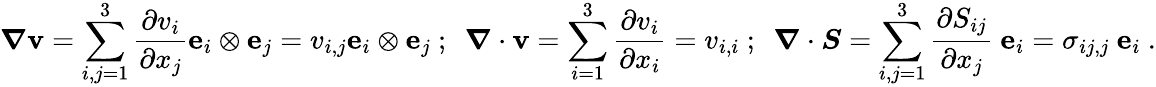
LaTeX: {\boldsymbol{\nabla}}\mathbf{v}=\sum_{i,j=1}^{3}{\frac{\partial v_{i}}{\partial x_{j}}}\mathbf{e}_{i}\otimes\mathbf{e}_{j}=v_{i,j}\mathbf{e}_{i}\otimes\mathbf{e}_{j}~;~~{\boldsymbol{\nabla}}\cdot\mathbf{v}=\sum_{i=1}^{3}{\frac{\partial v_{i}}{\partial x_{i}}}=v_{i,i}~;~~{\boldsymbol{\nabla}}\cdot{\boldsymbol{S}}=\sum_{i,j=1}^{3}{\frac{\partial S_{ij}}{\partial x_{j}}}~\mathbf{e}_{i}=\sigma_{ij,j}~\mathbf{e}_{i}~.